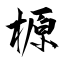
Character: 榞